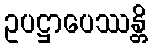
ဥပဋ္ဌာပေဿန္တိ